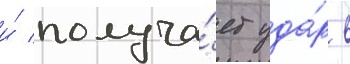
и́ получа́ет уда́р в